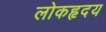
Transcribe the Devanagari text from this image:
लोकहृदय